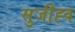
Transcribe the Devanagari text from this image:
सुजीह्व